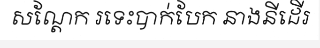
សណ្តែក រទេះបាក់បែក នាងនីដើរ